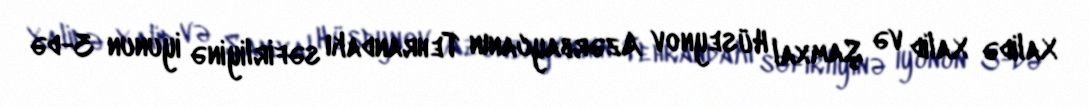
Xalidə Xalid və Şamxal Hüseynov Azərbaycanın Tehrandakı səfirliyinə iyunun 3-də